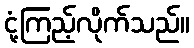
ငုံ့ကြည့်လိုက်သည်။